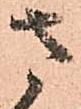
さ